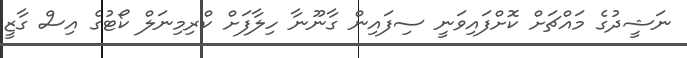
ނަޝީދުގެ މައްޗަށް ކޮށްފައިވަނީ ސިފައިން ގާނޫނާ ހިލާފަށް ކްރިމިނަލް ކޯޓުގެ އިސް ގާޒީ